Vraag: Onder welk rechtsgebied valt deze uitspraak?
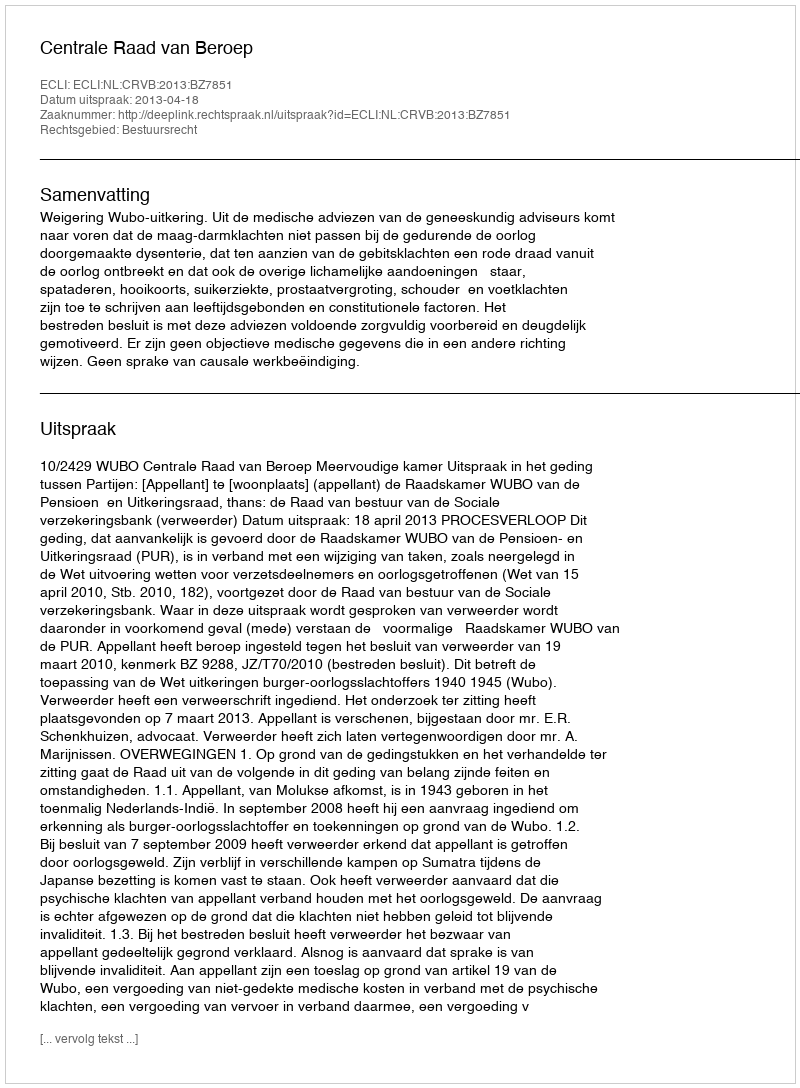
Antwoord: Bestuursrecht